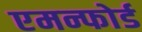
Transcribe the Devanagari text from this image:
एमन्फोर्ड